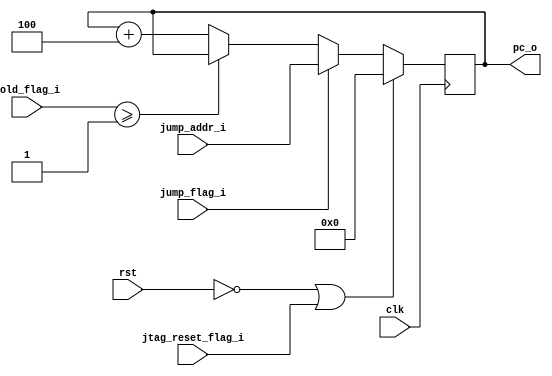
 /*                                                                      
 Copyright 2019 Blue Liang, liangkangnan@163.com
                                                                         
 Licensed under the Apache License, Version 2.0 (the "License");         
 you may not use this file except in compliance with the License.        
 You may obtain a copy of the License at                                 
                                                                         
     http://www.apache.org/licenses/LICENSE-2.0                          
                                                                         
 Unless required by applicable law or agreed to in writing, software    
 distributed under the License is distributed on an "AS IS" BASIS,       
 WITHOUT WARRANTIES OR CONDITIONS OF ANY KIND, either express or implied.
 See the License for the specific language governing permissions and     
 limitations under the License.                                          
 */
`define CpuResetAddr 32'h0

`define RstEnable 1'b0
`define RstDisable 1'b1
`define ZeroWord 32'h0
`define ZeroReg 5'h0
`define WriteEnable 1'b1
`define WriteDisable 1'b0
`define ReadEnable 1'b1
`define ReadDisable 1'b0
`define True 1'b1
`define False 1'b0
`define ChipEnable 1'b1
`define ChipDisable 1'b0
`define JumpEnable 1'b1
`define JumpDisable 1'b0
`define DivResultNotReady 1'b0
`define DivResultReady 1'b1
`define DivStart 1'b1
`define DivStop 1'b0
`define HoldEnable 1'b1
`define HoldDisable 1'b0
`define Stop 1'b1
`define NoStop 1'b0
`define RIB_ACK 1'b1
`define RIB_NACK 1'b0
`define RIB_REQ 1'b1
`define RIB_NREQ 1'b0
`define INT_ASSERT 1'b1
`define INT_DEASSERT 1'b0

`define INT_BUS 7:0
`define INT_NONE 8'h0
`define INT_RET 8'hff
`define INT_TIMER0 8'b00000001
`define INT_TIMER0_ENTRY_ADDR 32'h4

`define Hold_Flag_Bus   2:0
`define Hold_None 3'b000
`define Hold_Pc   3'b001
`define Hold_If   3'b010
`define Hold_Id   3'b011

// I type inst
`define INST_TYPE_I 7'b0010011
`define INST_ADDI   3'b000
`define INST_SLTI   3'b010
`define INST_SLTIU  3'b011
`define INST_XORI   3'b100
`define INST_ORI    3'b110
`define INST_ANDI   3'b111
`define INST_SLLI   3'b001
`define INST_SRI    3'b101

// L type inst
`define INST_TYPE_L 7'b0000011
`define INST_LB     3'b000
`define INST_LH     3'b001
`define INST_LW     3'b010
`define INST_LBU    3'b100
`define INST_LHU    3'b101

// S type inst
`define INST_TYPE_S 7'b0100011
`define INST_SB     3'b000
`define INST_SH     3'b001
`define INST_SW     3'b010

// R and M type inst
`define INST_TYPE_R_M 7'b0110011
// R type inst
`define INST_ADD_SUB 3'b000
`define INST_SLL    3'b001
`define INST_SLT    3'b010
`define INST_SLTU   3'b011
`define INST_XOR    3'b100
`define INST_SR     3'b101
`define INST_OR     3'b110
`define INST_AND    3'b111
// M type inst
`define INST_MUL    3'b000
`define INST_MULH   3'b001
`define INST_MULHSU 3'b010
`define INST_MULHU  3'b011
`define INST_DIV    3'b100
`define INST_DIVU   3'b101
`define INST_REM    3'b110
`define INST_REMU   3'b111

// J type inst
`define INST_JAL    7'b1101111
`define INST_JALR   7'b1100111

`define INST_LUI    7'b0110111
`define INST_AUIPC  7'b0010111
`define INST_NOP    32'h00000001
`define INST_NOP_OP 7'b0000001
`define INST_MRET   32'h30200073
`define INST_RET    32'h00008067

`define INST_FENCE  7'b0001111
`define INST_ECALL  32'h73
`define INST_EBREAK 32'h00100073

// J type inst
`define INST_TYPE_B 7'b1100011
`define INST_BEQ    3'b000
`define INST_BNE    3'b001
`define INST_BLT    3'b100
`define INST_BGE    3'b101
`define INST_BLTU   3'b110
`define INST_BGEU   3'b111

// CSR inst
`define INST_CSR    7'b1110011
`define INST_CSRRW  3'b001
`define INST_CSRRS  3'b010
`define INST_CSRRC  3'b011
`define INST_CSRRWI 3'b101
`define INST_CSRRSI 3'b110
`define INST_CSRRCI 3'b111

// CSR reg addr
`define CSR_CYCLE   12'hc00
`define CSR_CYCLEH  12'hc80
`define CSR_MTVEC   12'h305
`define CSR_MCAUSE  12'h342
`define CSR_MEPC    12'h341
`define CSR_MIE     12'h304
`define CSR_MSTATUS 12'h300
`define CSR_MSCRATCH 12'h340

`define RomNum 4096  // rom depth(how many words)

`define MemNum 4096  // memory depth(how many words)
`define MemBus 31:0
`define MemAddrBus 31:0

`define InstBus 31:0
`define InstAddrBus 31:0

// common regs
`define RegAddrBus 4:0
`define RegBus 31:0
`define DoubleRegBus 63:0
`define RegWidth 32
`define RegNum 32        // reg num
`define RegNumLog2 5

//`include "defines.v"

// PC
module pc_reg(

    input wire clk,
    input wire rst,

    input wire jump_flag_i,                 // 
    input wire[`InstAddrBus] jump_addr_i,   // 
    input wire[`Hold_Flag_Bus] hold_flag_i, // 
    input wire jtag_reset_flag_i,           // 

    output reg[`InstAddrBus] pc_o           // PC

    );


    always @ (posedge clk) begin
        // 
        if (rst == `RstEnable || jtag_reset_flag_i == 1'b1) begin
            pc_o <= `CpuResetAddr;
        // 
        end else if (jump_flag_i == `JumpEnable) begin
            pc_o <= jump_addr_i;
        // 
        end else if (hold_flag_i >= `Hold_Pc) begin
            pc_o <= pc_o;
        // 4
        end else begin
            pc_o <= pc_o + 4'h4;
        end
    end

endmodule